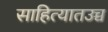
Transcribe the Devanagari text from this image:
साहित्यातउच्च